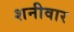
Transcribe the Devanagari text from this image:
शनीवार